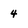
Character: 4